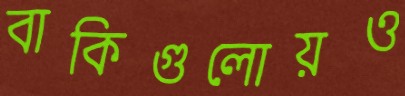
বাকিগুলোয়ও